Civil Veterinary Dept. Bombay admin report 1932-41 - 1932-1941
Year: 1932
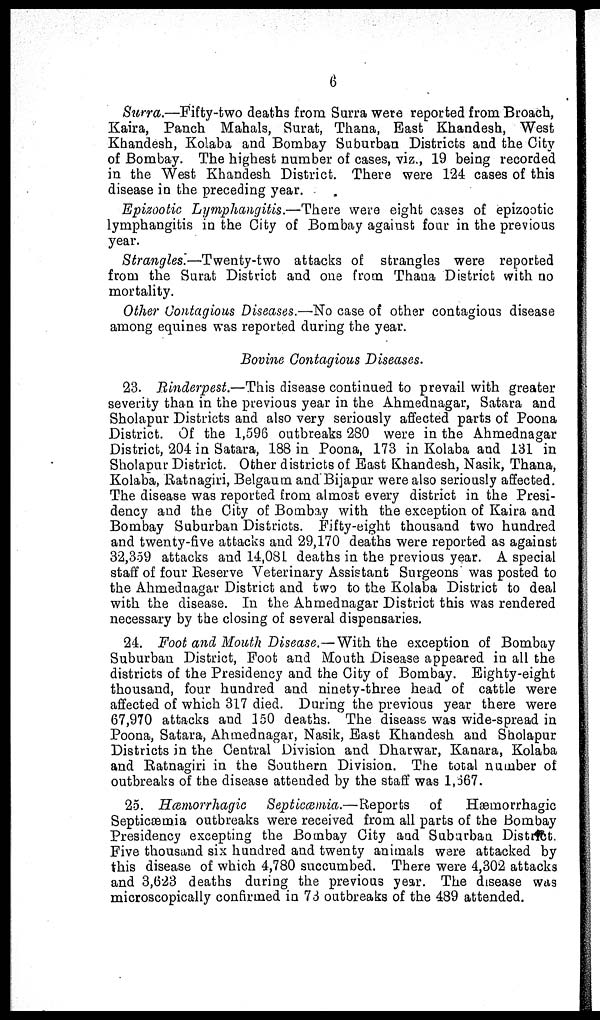
6
Surra.—Fifty-two deaths from Surra were reported from Broach,
Kaira, Panch Mahals, Surat, Thana, East Khandesh, West
Khandesh, Kolaba and Bombay Suburban Districts and the City
of Bombay. The highest number of cases, viz., 19 being recorded
in the West Khandesh District. There were 124 cases of this
disease in the preceding year.
Epizootic Lymphangitis.—There were eight cases of epizootic
lymphangitis in the City of Bombay against four in the previous
year.
Strangles.—Twenty-two attacks of strangles were reported
from the Surat District and one from Thana District with no
mortality.
Other Contagious Diseases.—No case of other contagious disease
among equines was reported during the year.
Bovine Contagious Diseases.
23. Rinderpest.—This disease continued to prevail with greater
severity than in the previous year in the Ahmednagar, Satara and
Sholapur Districts and also very seriously affected parts of Poona
District. Of the 1,596 outbreaks 280 were in the Ahmednagar
District, 204 in Satara, 188 in Poona, 173 in Kolaba and 131 in
Sholapur District. Other districts of East Khandesh, Nasik, Thana,
Kolaba, Ratnagiri, Belgaum and Bijapur were also seriously affected.
The disease was reported from almost every district in the Presi-
dency and the City of Bombay with the exception of Kaira and
Bombay Suburban Districts. Fifty-eight thousand two hundred
and twenty-five attacks and 29,170 deaths were reported as against
32,359 attacks and 14,081 deaths in the previous year. A special
staff of four Reserve Veterinary Assistant Surgeons was posted to
the Ahmednagar District and two to the Kolaba District to deal
with the disease. In the Ahmednagar District this was rendered
necessary by the closing of several dispensaries.
24. Foot and Mouth Disease.—With the exception of Bombay
Suburban District, Foot and Mouth Disease appeared in all the
districts of the Presidency and the City of Bombay. Eighty-eight
thousand, four hundred and ninety-three head of cattle were
affected of which 317 died. During the previous year there were
67,970 attacks and 150 deaths. The disease was wide-spread in
Poona, Satara, Ahmednagar, Nasik, East Khandesh and Sholapur
Districts in the Central Division and Dharwar, Kanara, Kolaba
and Ratnagiri in the Southern Division. The total number of
outbreaks of the disease attended by the staff was 1,667.
25. Hæmorrhagic
Septicæmia.—Reports
of
Hæmorrhagic
Septicæmia outbreaks were received from all parts of the Bombay
Presidency excepting the Bombay City and Suburban District.
Five thousand six hundred and twenty animals were attacked by
this disease of which 4,780 succumbed. There were 4,302 attacks
and 3,623 deaths during the previous year. The disease was
microscopically confirmed in 73 outbreaks of the 489 attended.